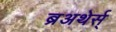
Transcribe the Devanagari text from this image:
ब्रअथेर्स्